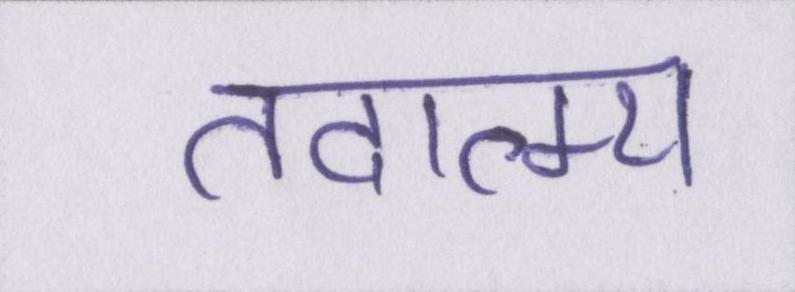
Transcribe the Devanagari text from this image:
तदात्म्य